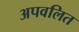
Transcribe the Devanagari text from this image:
अपवलित